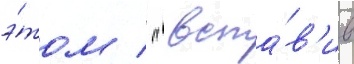
э́том / " вста́в'ив